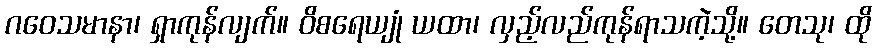
ဂဝေသမာနာ၊ ရှာကုန်လျက်။ ဝိစရေယျုံ ယထာ၊ လှည့်လည်ကုန်ရာသကဲ့သို့။ တေသု၊ ထို